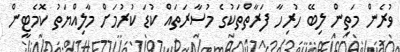
ވުރެން މަތިން ލިބޭ ހުރިހާ ފަރާތްތަކުގެ މުސާރަތައް ކުޑަ ކުރުމަށް މާލިއްޔަތު ކޮމެޓީން